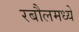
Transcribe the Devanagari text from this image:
रबौलमध्ये